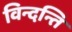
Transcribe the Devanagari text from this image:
विन्दन्ति